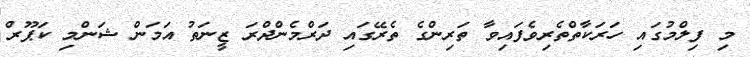
މި ފިލްމުގައި ހަރަކާތްތެރިވެފައިވާ ތަރިންގެ ތެރޭގައި ދަރްމެންދްރަ ޒީނަތު އަމަން ޝަންމި ކަޕޫރް